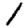
Digit: 1